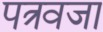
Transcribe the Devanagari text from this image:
पत्रवजा